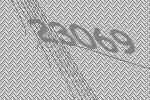
23069